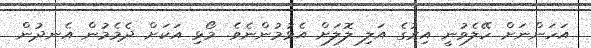
އަހަންނަށް ހޭލެވުނީ އިރުގެ އަލި ލޮލަށް އެޅުމުންނެވެ. މޯޅި އަކަށް ދެމެމުން އެނދުން